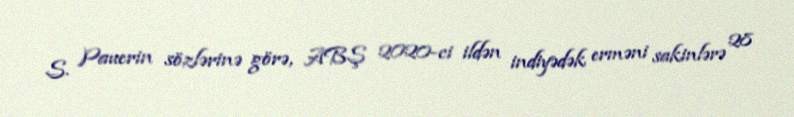
S. Pauerin sözlərinə görə, ABŞ 2020-ci ildən indiyədək erməni sakinlərə 28